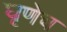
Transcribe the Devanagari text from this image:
घृणेच